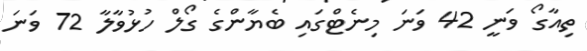
ތިއާގޯ ވަނީ 42 ވަނަ މިނެޓްގައި ބެޔާންގެ ގޯލް ހުޅުވާލާ 72 ވަނަ